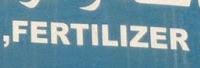
fertilizer